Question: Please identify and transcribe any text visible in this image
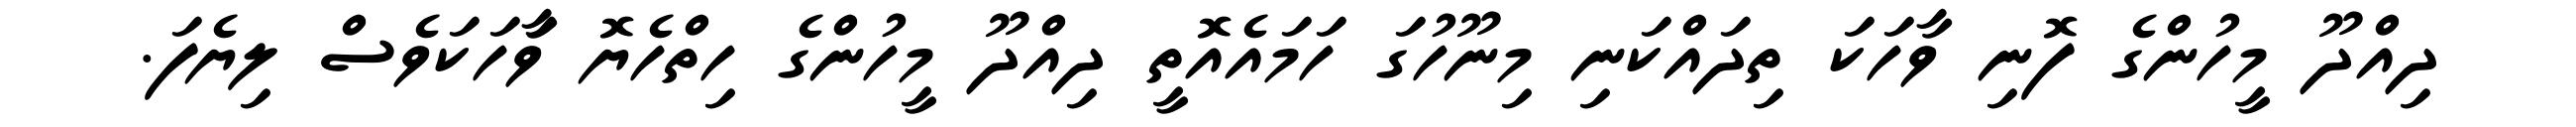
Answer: ދިއްދޫ މީހުންގެ ފޮނި ވާހަކަ ތިދައްކަނި މިނޫހުގަ ހަމައެއޮތީ ދިއްދޫ މީހުންގެ ހިތްހެޔޮ ވާަހަކަވެސް ލިޔެފަ.